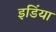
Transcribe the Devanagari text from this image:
इडिंया